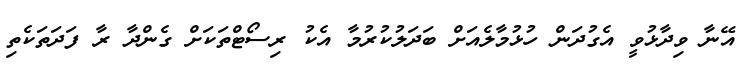
އޭނާ ވިދާޅުވީ އެގުދަން ހުޅުމާލެއަށް ބަދަލުކުރުމާ އެކު ރިސޯޓްތަކަށް ގެންދާ ރާ ފަދަތަކެތި